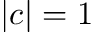
| c | = 1